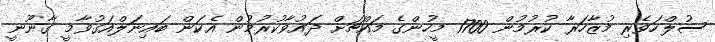
ސުލްހަވެރި މުޒާހަރާ ކުރުމުން 1700 މީހުންގެ މައްޗަށް ދައުވާކުރުމުން އެކަން ބައިނަލްއަގުވާމީ ގާނޫނީ